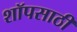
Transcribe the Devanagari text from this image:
शॉपसाठी